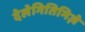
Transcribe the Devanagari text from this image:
देलेगितिमिज़े